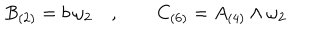
B _ { ( 2 ) } = b \, \omega _ { 2 } \quad , \qquad C _ { ( 6 ) } = A _ { ( 4 ) } \wedge \omega _ { 2 }